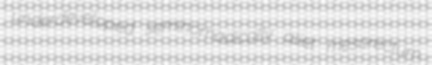
underdeveloped seminomadically aliet mesorectum